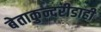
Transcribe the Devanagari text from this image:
बेताकुन्दरीडाही